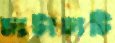
চাটাচাটি